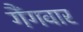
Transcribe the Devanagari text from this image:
गैंगवार